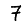
Digit: 7